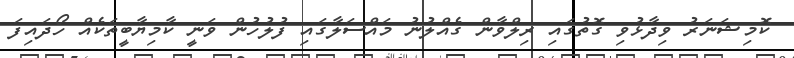
ކޮމިޝަނަރު ވިދާޅުވި ގޮތުގައި ރިލްވާން ގެއްލުނު މައްސަލާގައި ފުލުހުން ވަނީ ކާމިޔާބީތަކެއް ހޯދައިފަ